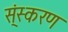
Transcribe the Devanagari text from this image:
स्ंस्करण